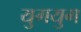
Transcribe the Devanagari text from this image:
युगयुग